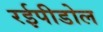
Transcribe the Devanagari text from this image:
रईपीडोल